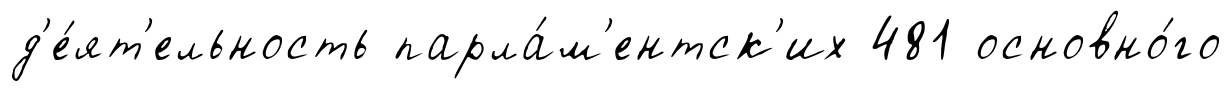
д'е́ят'ельность парла́м'ентск'их 481 основно́го